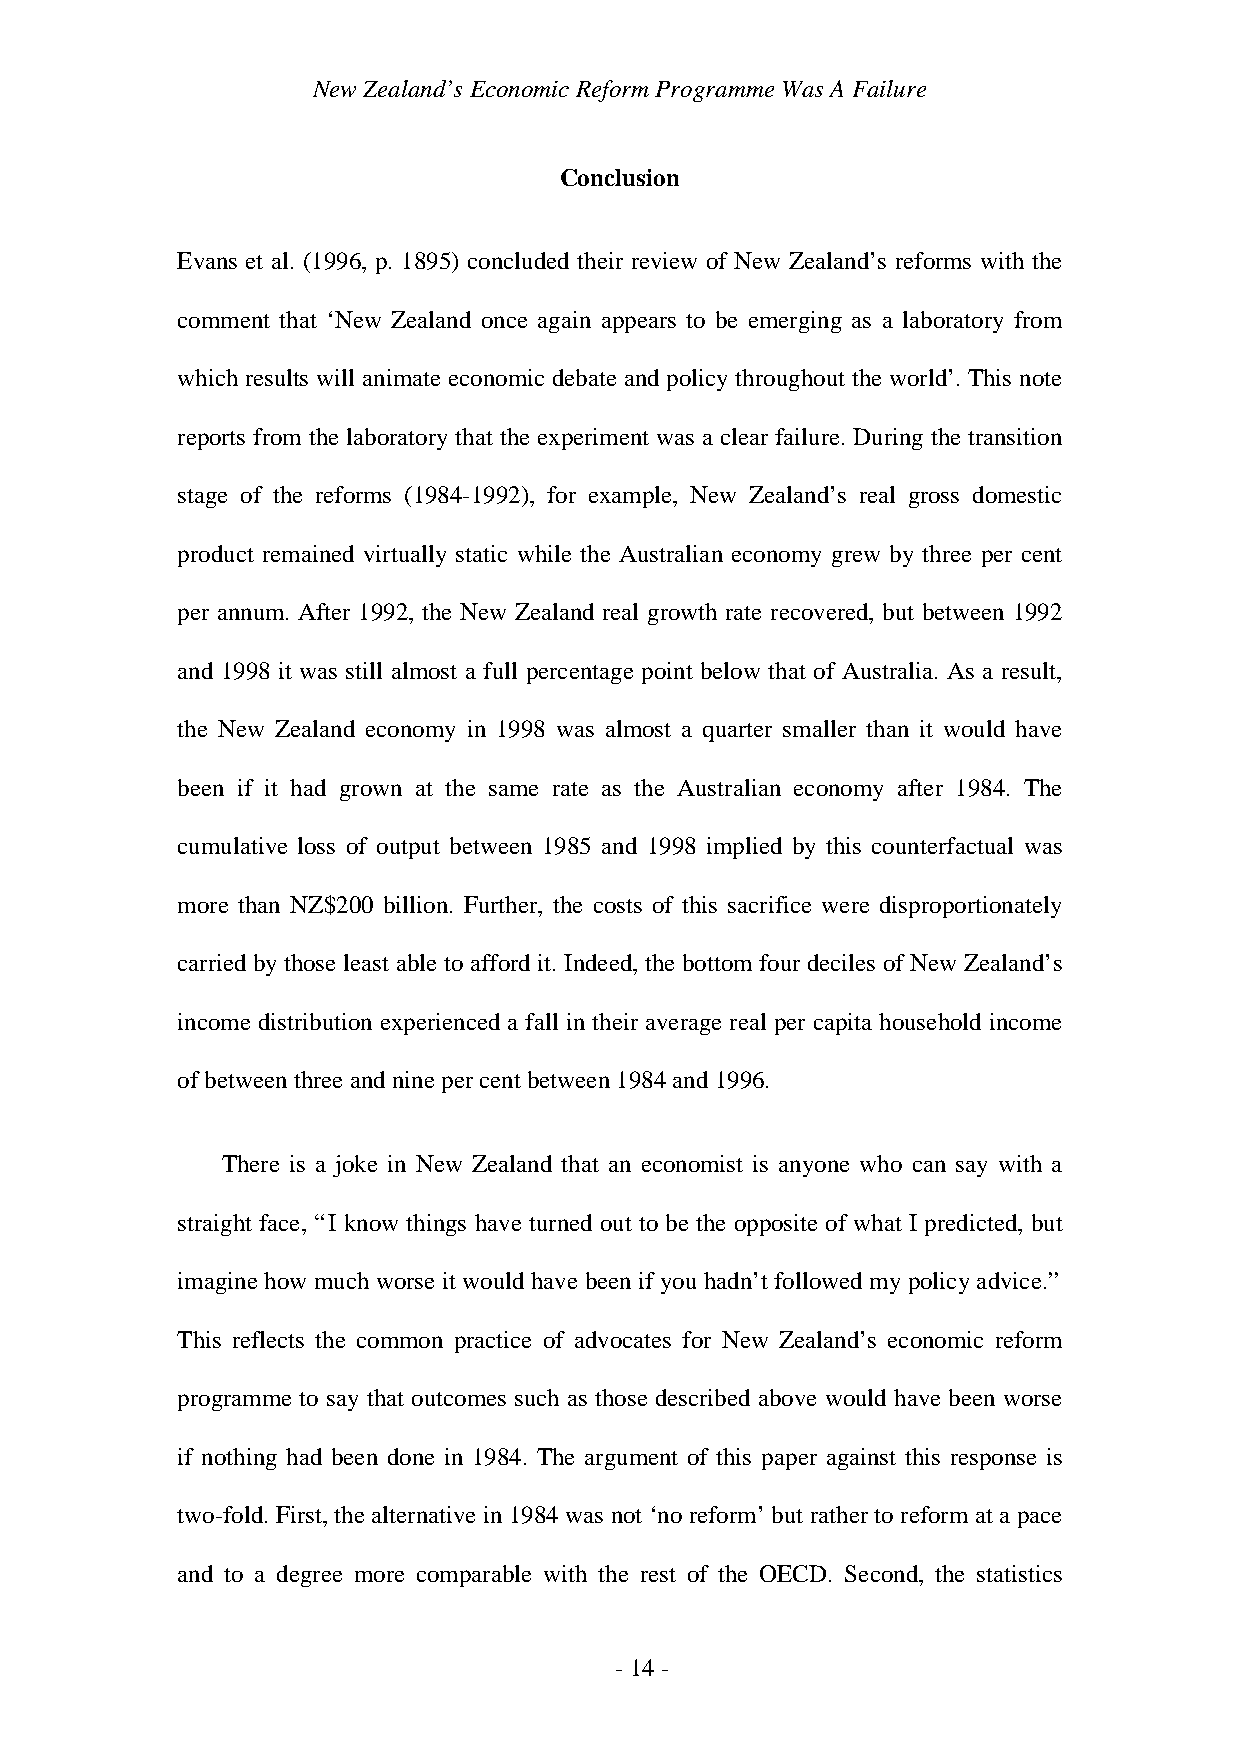
New Zealand’s Economic Reform Programme Was A Failure
 Conclusion
 Evans et al. (1996, p. 1895) concluded their review of New Zealand’s reforms with the
 comment that ‘New Zealand once again appears to be emerging as a laboratory from
 which results will animate economic debate and policy throughout the world’. This note
 reports from the laboratory that the experiment was a clear failure. During the transition
 stage of the reforms (1984-1992), for example, New Zealand’s real gross domestic
 product remained virtually static while the Australian economy grew by three per cent
 per annum. After 1992, the New Zealand real growth rate recovered, but between 1992
 and 1998 it was still almost a full percentage point below that of Australia. As a result,
 the New Zealand economy in 1998 was almost a quarter smaller than it would have
 been if it had grown at the same rate as the Australian economy after 1984. The
 cumulative loss of output between 1985 and 1998 implied by this counterfactual was
 more than NZ$200 billion. Further, the costs of this sacrifice were disproportionately
 carried by those least able to afford it. Indeed, the bottom four deciles of New Zealand’s
 income distribution experienced a fall in their average real per capita household income
 of between three and nine per cent between 1984 and 1996.
 There is a joke in New Zealand that an economist is anyone who can say with a
 straight face, “I know things have turned out to be the opposite of what I predicted, but
 imagine how much worse it would have been if you hadn’t followed my policy advice.”
 This reflects the common practice of advocates for New Zealand’s economic reform
 programme to say that outcomes such as those described above would have been worse
 if nothing had been done in 1984. The argument of this paper against this response is
 two-fold. First, the alternative in 1984 was not ‘no reform’ but rather to reform at a pace
 and to a degree more comparable with the rest of the OECD. Second, the statistics
 - 14 -